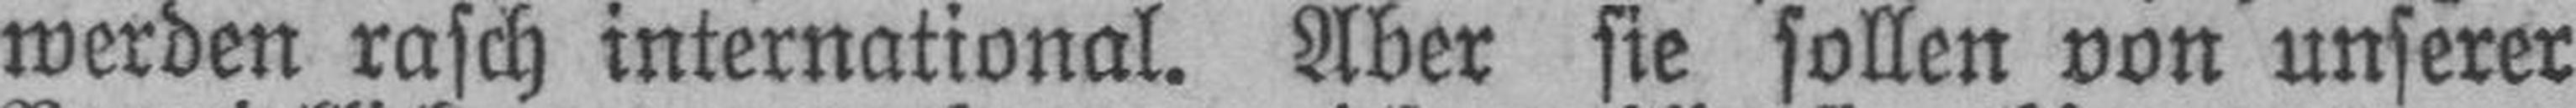
werden rasch international. Aber sie sollen von unserer